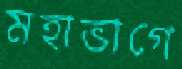
মহাভাগে